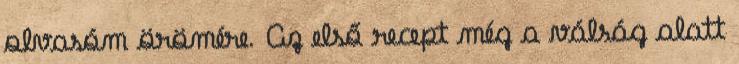
olvasóm örömére. Az első recept még a válság alatt